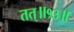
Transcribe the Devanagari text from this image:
तत्॥१३॥